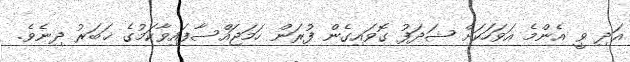
އަދި ވީ އެންމެ އަވަހަކަށް ޝަދަފު ގޮވައިގެން ފުރަން ހަމަޖައްސާފައިވާކަމުގެ ޚަބަރު ދިނެވެ.